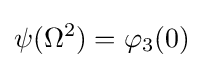
\psi (\Omega ^{2})=\varphi _{3}(0)